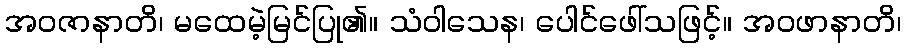
အဝဇာနာတိ၊ မထေမဲ့မြင်ပြု၏။ သံဝါသေန၊ ပေါင်ဖေါ်သဖြင့်။ အဝဖာနာတိ၊